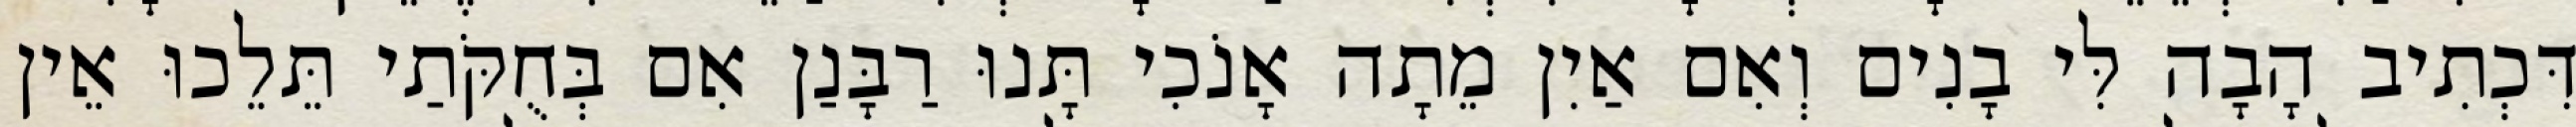
דִּכְתִיב הָבָה לִּי בָנִים וְאִם אַיִן מֵתָה אָנֹכִי תָּנוּ רַבָּנַן אִם בְּחֻקֹּתַי תֵּלֵכוּ אֵין